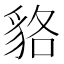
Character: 貉